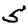
Digit: 5